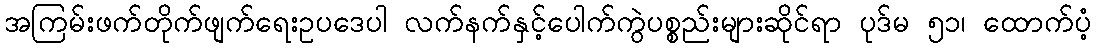
အကြမ်းဖက်တိုက်ဖျက်ရေးဥပဒေပါ လက်နက်နှင့်ပေါက်ကွဲပစ္စည်းများဆိုင်ရာ ပုဒ်မ ၅၁၊ ထောက်ပံ့